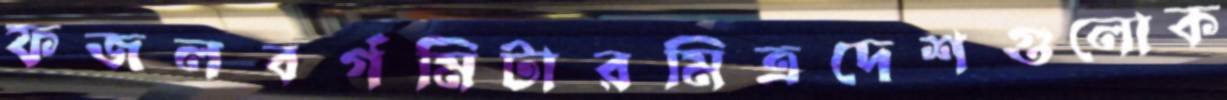
ফজলবর্গমিটারমিত্রদেশগুলোক